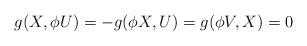
LaTeX: \begin{align*}g(X,\phi U)=-g(\phi X,U)=g(\phi V,X)=0\end{align*}